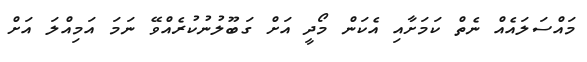
މައްސަލައެއް ނެތް ކަމަށާއި އެކަން މޯދީ އަށް ގަބޫލުނުކުރެއްވޭ ނަމަ އަމިއްލަ އަށް